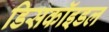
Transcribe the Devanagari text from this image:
डिसकॉइडल